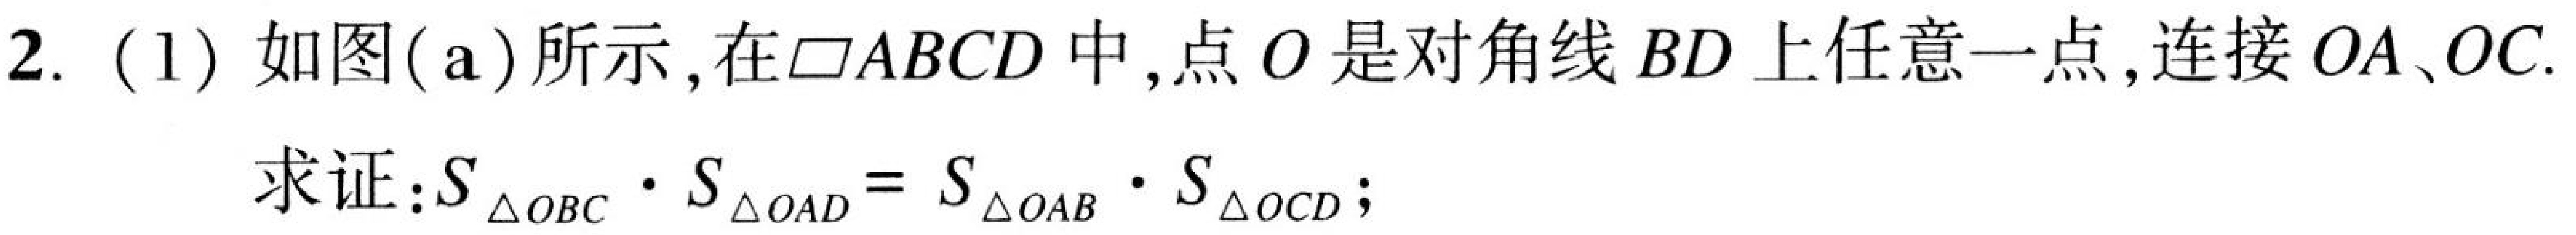
2. (1) 如图(a)所示, 在\(\square ABCD\)中, 点\(O\)是对角线\(BD\)上任意一点, 连接\(OA、OC\).
求证:\(S_{\triangle OBC}\cdot S_{\triangle OAD}=S_{\triangle OAB}\cdot S_{\triangle OCD}\);